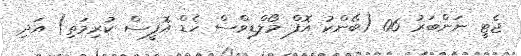
ޖެޓީ ނަންބަރު 06 (ބޭންކު އޮފް މޯލްޑިވްސް ހެޑް އޮފީސް ކުރިމަތި) އަދި